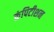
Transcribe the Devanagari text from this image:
कंपिटीशन